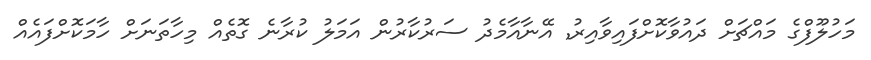
މަހުލޫފްގެ މައްޗަށް ދައުވާކޮށްފައިވާއިރު